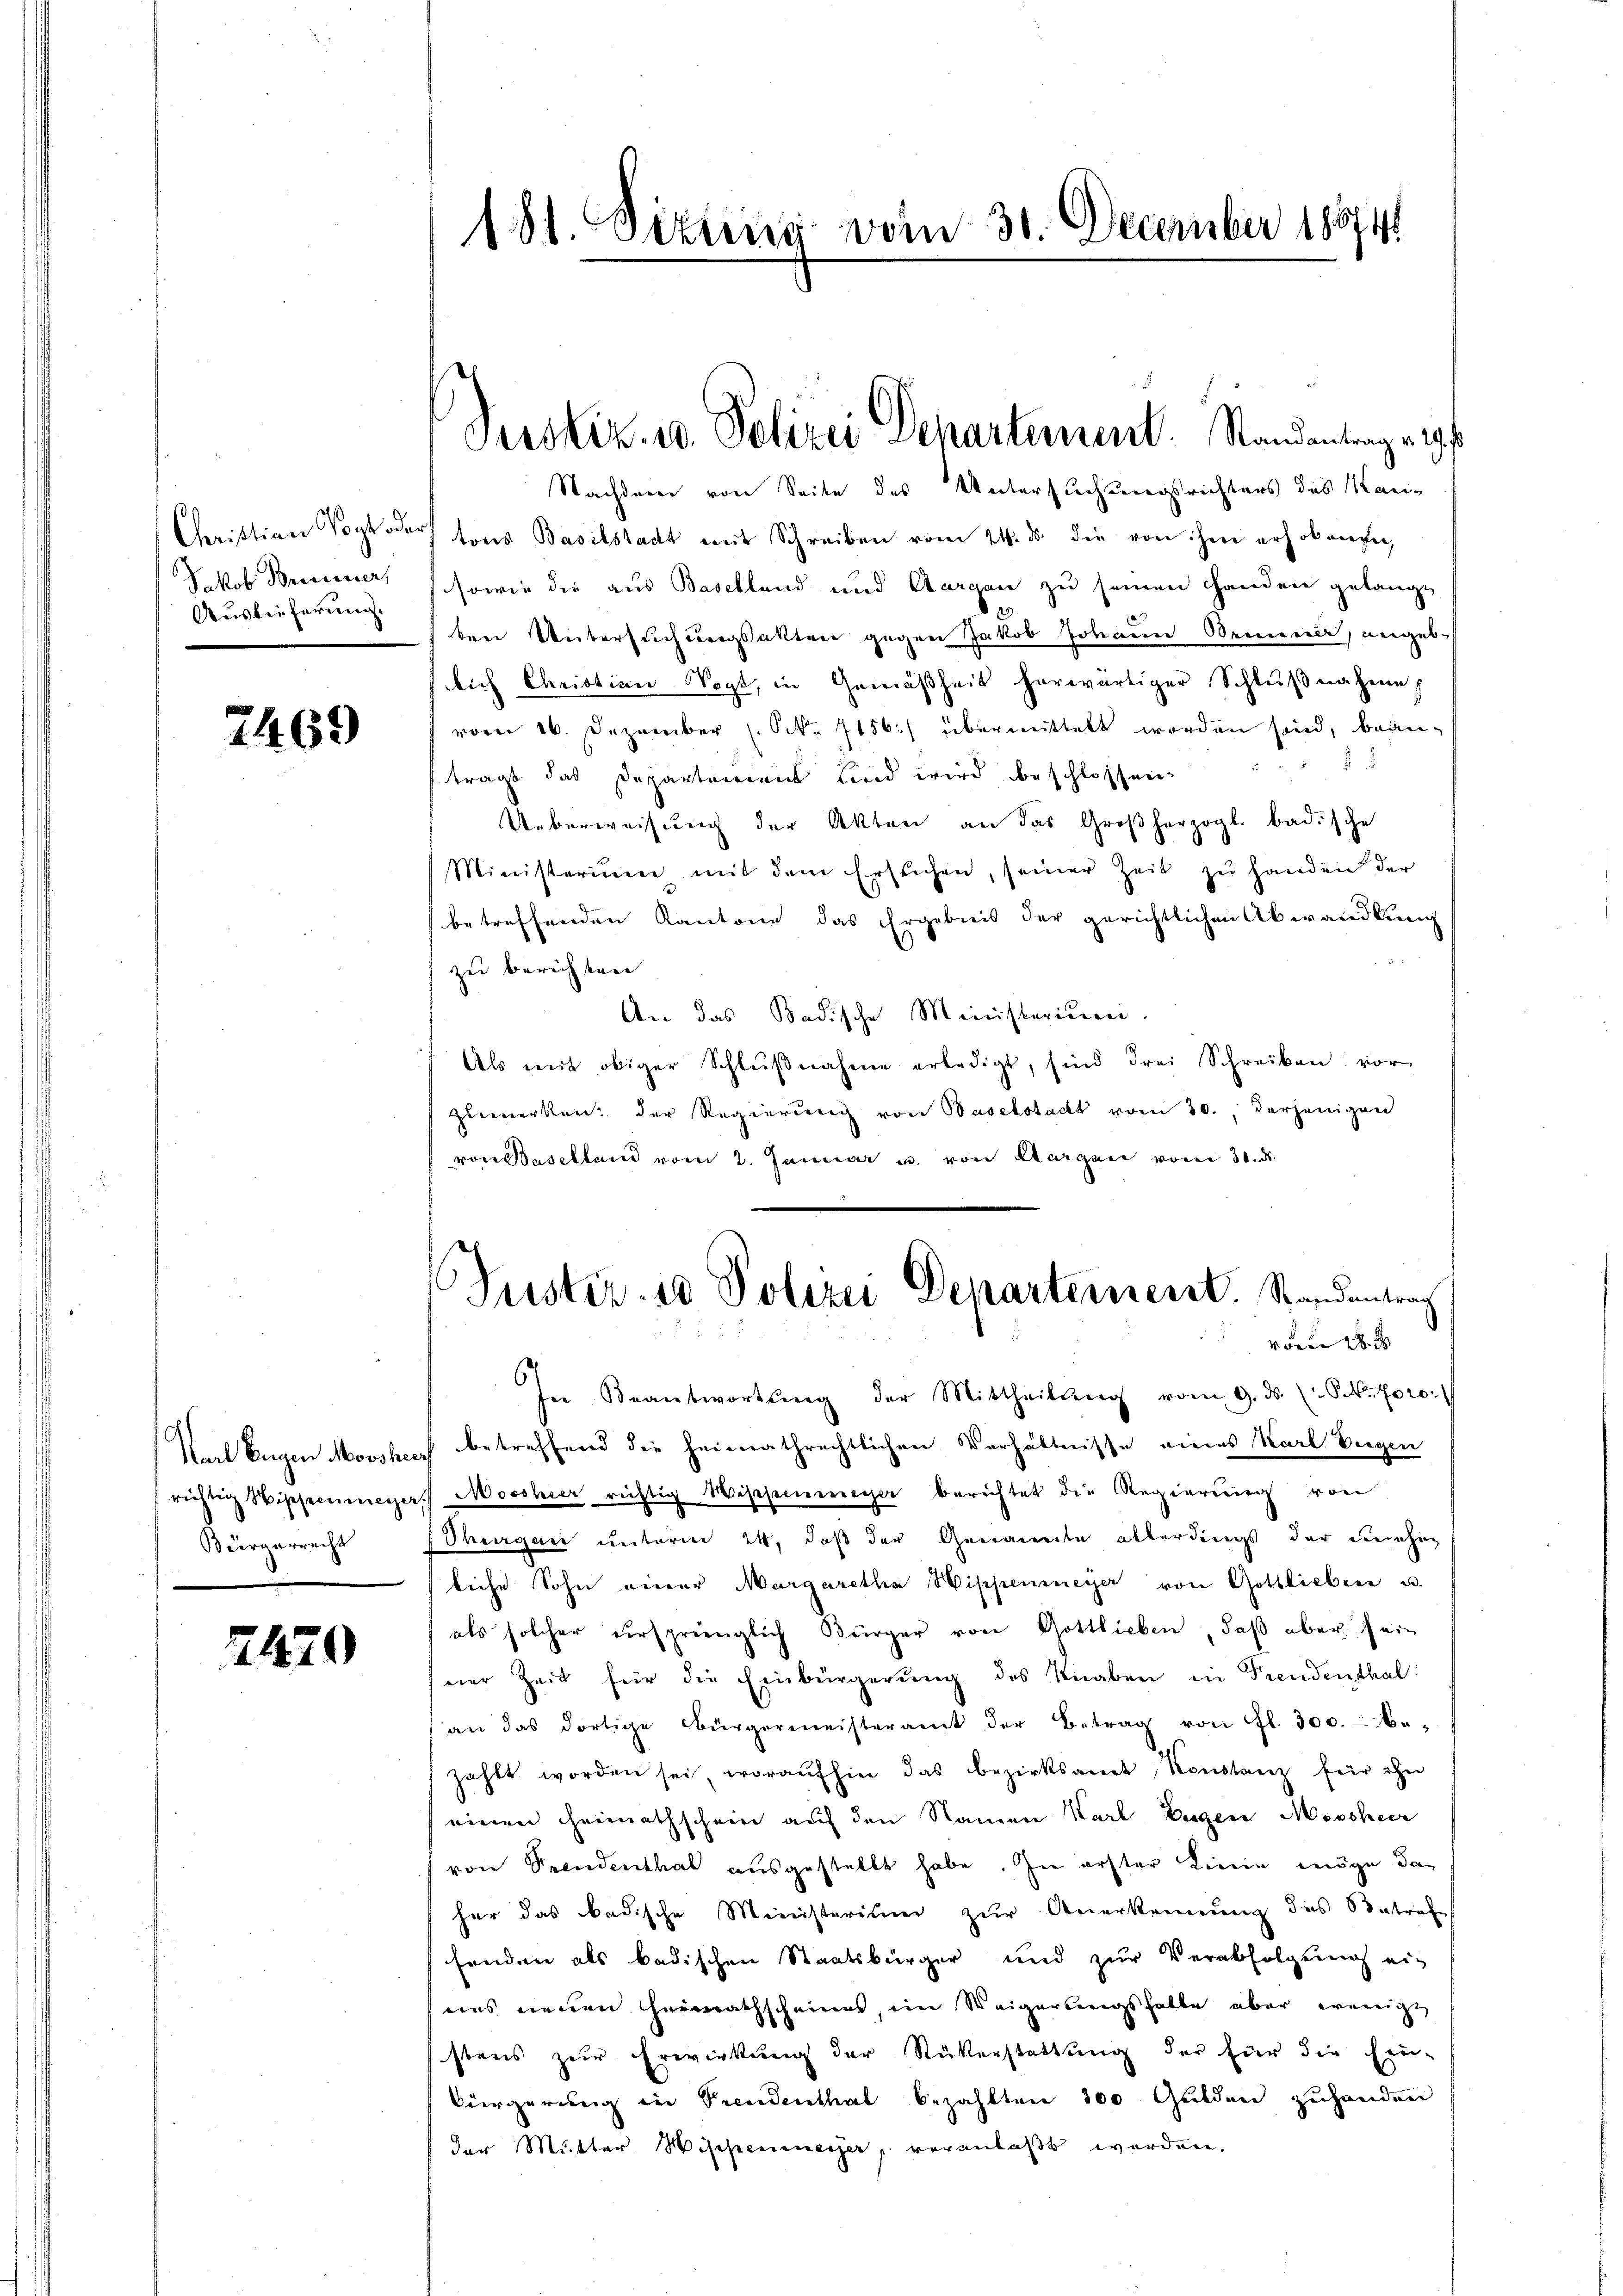
Mkob Brissesser,
Auslieferung.

7469

Bürgerrecht

2470

181. Sitzung vom 30. December 188741

Nachdem von Seite des Untersuchungsrichters des Kan¬
Christian Vogtodor tons Baselstadt mit Schreiben vom 24. ds. die von ihm erhobengen,
sowie die aus Baselland und Aargau zu seinen Handen gelange
bene Untersuchungsakten gegen Jakob Johann Bennen, angeb.
lich Christian Vogt, in Gemäßheit herwärtiger Schlußnahme
vom 16. Dezember (S. 7156) übermittelt worden sind, bean¬
2
trägt das Departement Kind wird beschlossen,
Ueberweisung der Akten an das Großherzogl. badische
Ministerium mit dem Ersuchen, seiner Zeit zŭ handen der
betreffenden Kantone das Ergebnis der gerichtlichen Abwandlung
zu berichten |
An das Badische Ministerium
Als mit obiger Schlŭβnahme erledigt, sind drei Schreiben vor
Zumerken. Der Regierung von Baselstadt vom 30. derjenigen
von Baselland vom 2. Januar u. von Aargau vom 31. d.
Suster. 10 Polizei Departement. Standentrag
vom 18.
s
In Beantwortŭng der Mittheilŭng vom 9. ds. (S. k. Foro-
Karl Eugen Moosheich betreffend die heimathrechtlichen Verhältnisse eines Karl Biegen
richtig Wipfeeumerart Mosshier richtig Wippenmeyer berichtet die Regierung von
Thurgau unterm 24, daß der Genannte allerdings der genehm
liche Sohn einer Margaretha Hippenmeyer von Gottlieben u.
als solcher ursprünglich Bürger von Gottlieben, daβ aber sein
ner Zeit für die Einbürgerung des Knaben in Freudenthal
an das dortige Bürgermeisteramt der Betrag von fl. 300.- be-
zahlt worden sei, woraufhin das Bezirksamt Konstanz für ihn
einen Heimathschein auf den Namen Karl Eugen Missheer
von Spendenthal ausgestellt habe. In erster Linie möge da-
her das badische Ministerium zur Anerkennung des Betrafe
fenden als badischen Staatsbürger und zur Verabfolgung ei-
uns neuen Heimathscheines, im Weigertungsfalle aber wenigt
stens zur Erwirkung der Rükerstattung der für die Ein-
Bürgerung in Freudenthal bezahlten 300 Gulden zuhanden
der Mutter Wisipemeyer, veranlaßt werden.

Verstiz- u. Polizei Departement. Standentrag eig